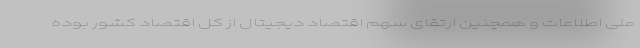
ملی اطلاعات و همچنین ارتقای سهم اقتصاد دیجیتال از کل اقتصاد کشور بوده